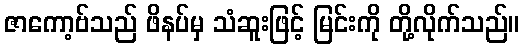
ဇာကော့ဗ်သည် ဖိနပ်မှ သံဆူးဖြင့် မြင်းကို တို့လိုက်သည်။